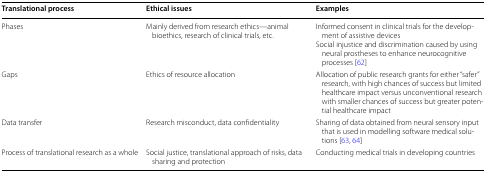
<table><thead><tr><td><b>Translational process</b></td><td><b>Ethical issues</b></td><td><b>Examples</b></td></tr></thead><tbody><tr><td>Phases</td><td>Mainly derived from research ethics—animal bioethics, research of clinical trials, etc.</td><td>Informed consent in clinical trials for the development of assistive devicesSocial injustice and discrimination caused by using neural prostheses to enhance neurocognitive processes [62]</td></tr><tr><td>Gaps</td><td>Ethics of resource allocation</td><td>Allocation of public research grants for either “safer” research, with high chances of success but limited healthcare impact versus unconventional research with smaller chances of success but greater potential healthcare impact</td></tr><tr><td>Data transfer</td><td>Research misconduct, data confidentiality</td><td>Sharing of data obtained from neural sensory input that is used in modelling software medical solutions [63, 64]</td></tr><tr><td>Process of translational research as a whole</td><td>Social justice, translational approach of risks, data sharing and protection</td><td>Conducting medical trials in developing countries</td></tr></tbody></table>